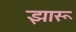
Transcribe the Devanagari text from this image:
झारू